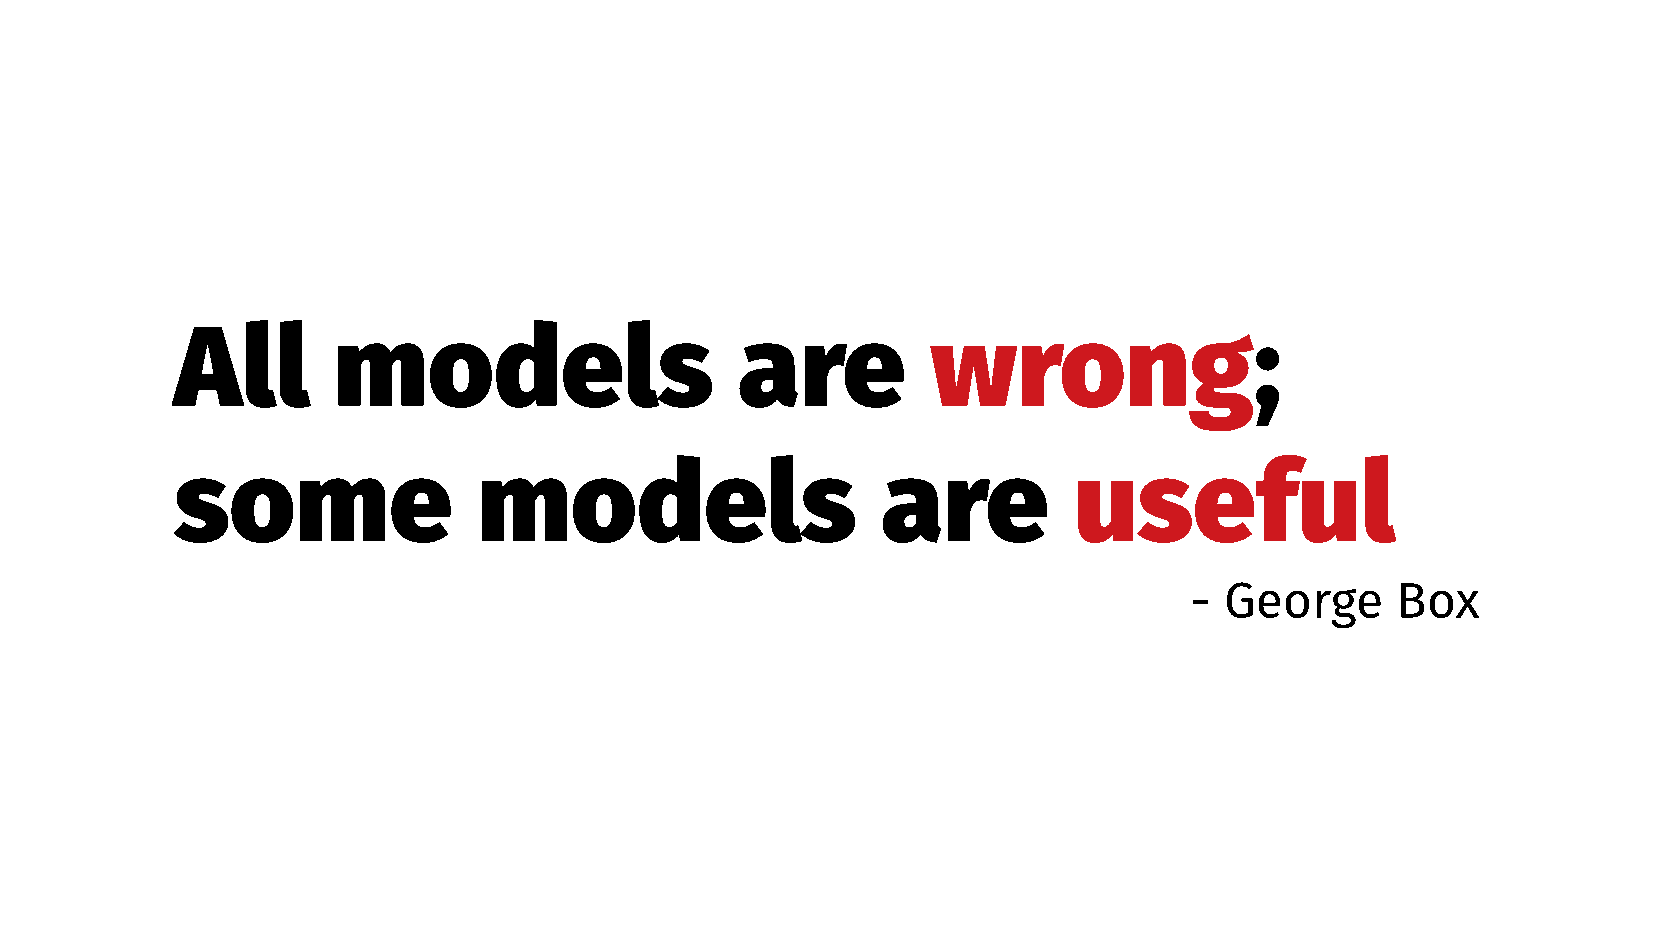
All       models                     are          wrong;
 some                models                    are          useful
 - George     Box